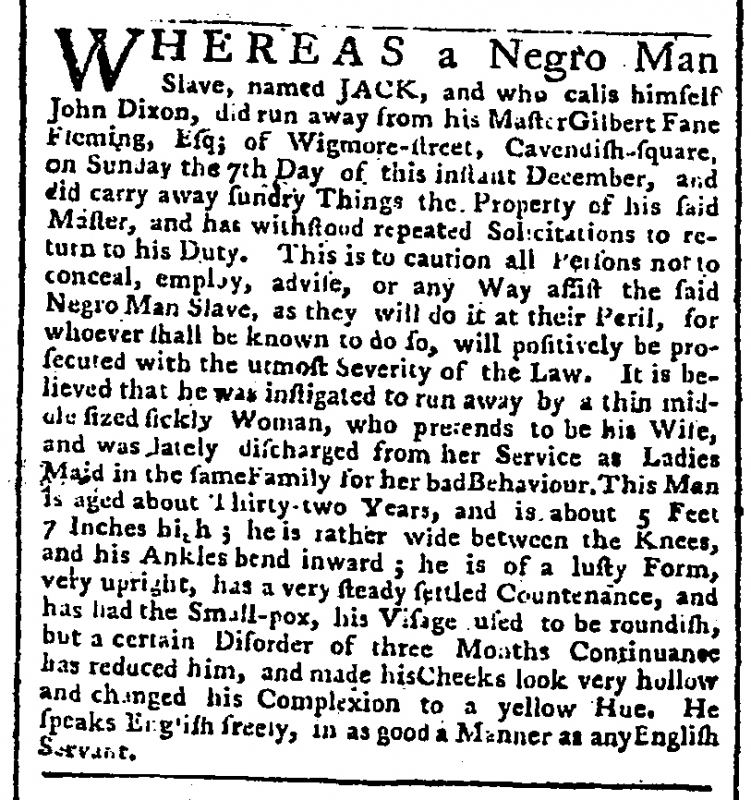
Public Advertiser, 20 December 1766 (England)
WHEREAS a Negro Man Slave, named JACK, and who calls himself John Dixon, did run away from his Master Gilbert Fane Fleming, Esq; of Wigmore-street, Cavendish-square, on Sunday the 7th Day of this instant December, and did carry away sundry Things the Property of his said Master, and has withstood repeated Solicitations to return to his Duty. This is to caution Persons not to conceal, employ, advise, or any Way assist the said Negro Man Slave, as they will do it at their Peril, for whoever shall be known to do so, will positively be prosecuted with the utmost Severity of the Law. It is believed that he was instigated to run away by a thin middle sized sickly Woman, who pretends to be his Wife, and was lately discharged from her Service as Ladies Maid in the same Family for her bad Behaviour. This Man is aged about Thirty-two Years, and is about 5 Feet 7 Inches high; he is rather wide between the Knees, and his Ankles bend inward; he is of a lusty Form, very upright, has a very steady settled Countenance, and has had the Small-pox, his Visage used to be roundish, but a certain disorder of three Months Continuance has reduced him, and made his Cheeks look very hollow and changed his Complexion to a yellow Hue. He speaks English freely, in as good a Manner as any English Servant.